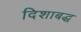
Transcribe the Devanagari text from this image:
दिशाबद्ध